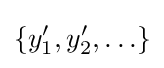
\{y_{1}^{\prime },y_{2}^{\prime },\ldots \}